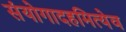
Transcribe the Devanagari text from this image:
संयोगादहमित्येव